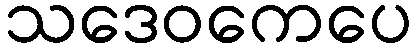
သဒေဝကေပေ